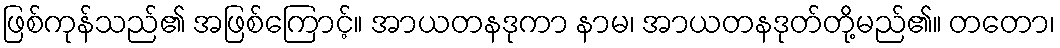
ဖြစ်ကုန်သည်၏ အဖြစ်ကြောင့်။ အာယတနဒုကာ နာမ၊ အာယတနဒုတ်တို့မည်၏။ တတော၊